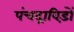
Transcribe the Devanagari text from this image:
पंचद्राविड़ों